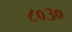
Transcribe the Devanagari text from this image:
८०३०